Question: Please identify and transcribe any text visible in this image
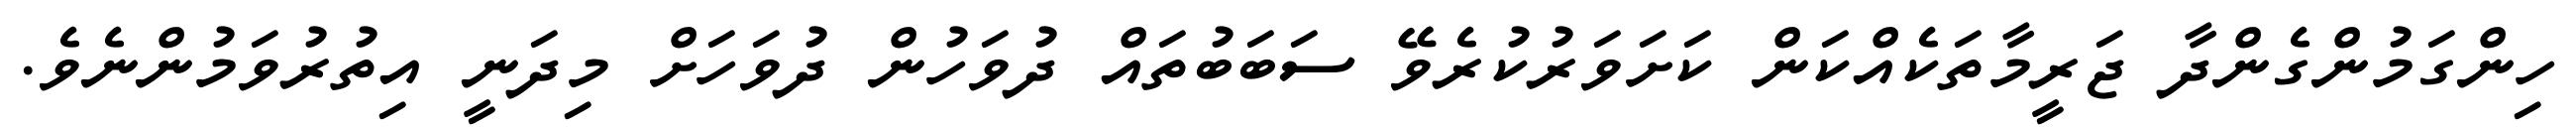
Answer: ހިންގަމުންގެންދާ ޖަރީމާތަކެއްކަން ކަށަވަރުކުރެވޭ ސަބަބުތައް ދުވަހުން ދުވަހަށް މިދަނީ އިތުރުވަމުންނެވެ.